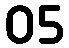
05